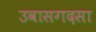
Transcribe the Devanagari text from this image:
उवासगदसा